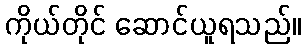
ကိုယ်တိုင် ဆောင်ယူရသည်။